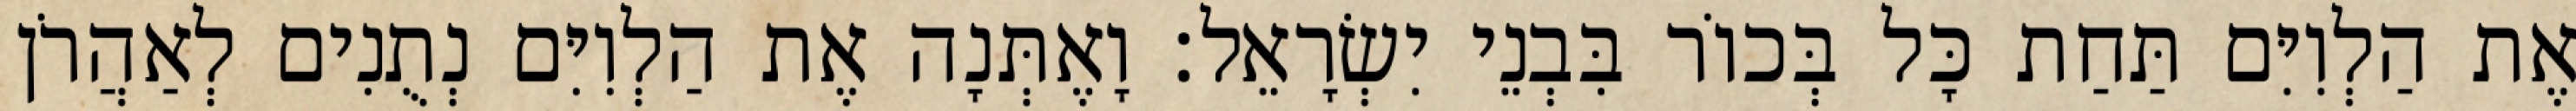
אֶת הַלְוִיִּם תַּחַת כָּל בְּכוֹר בִּבְנֵי יִשְׂרָאֵל׃ וָאֶתְּנָה אֶת הַלְוִיִּם נְתֻנִים לְאַהֲרֹן